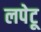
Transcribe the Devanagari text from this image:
लपेटू